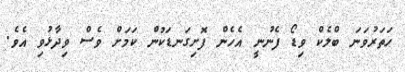
ހަތަރުވަނަ ބްލެކް ވިޑޯ ފެނުނީ އެހެން ފޮށިގަނޑަކުން ކަމަށް ވެސް ވިދާޅުވި އެވެ.